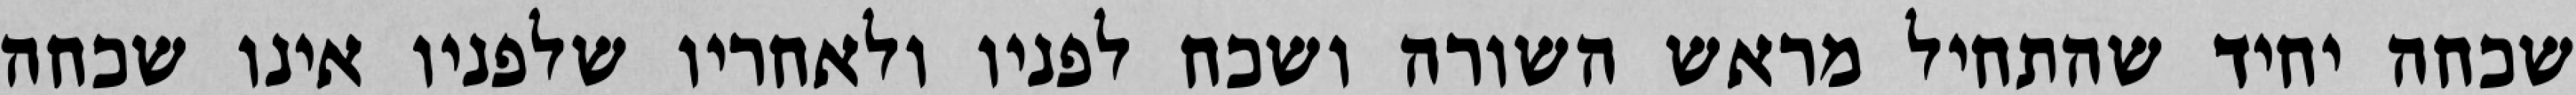
שכחה יחיד שהתחיל מראש השורה ושכח לפניו ולאחריו שלפניו אינו שכחה